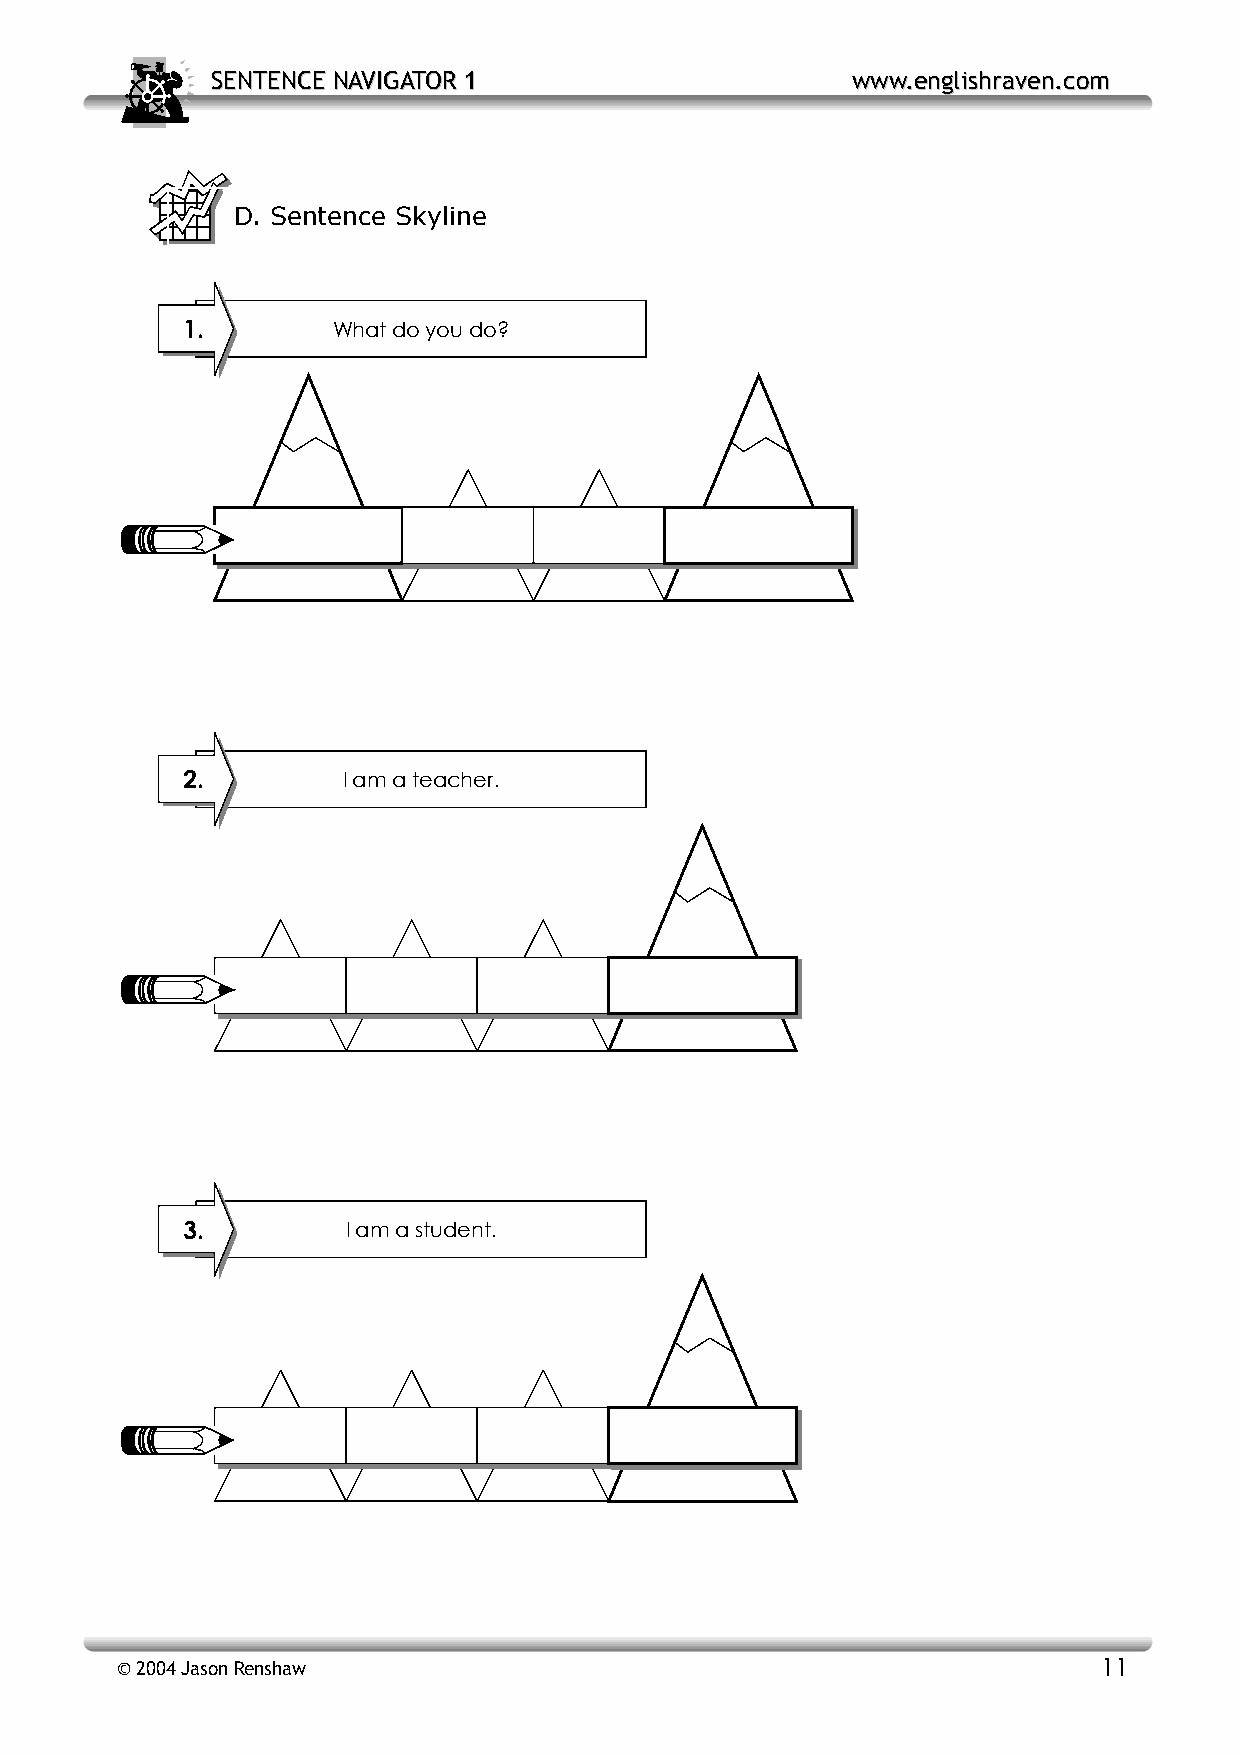
SSEENNTTEENNCCEE NNAAVVIIGGAATTOORR 11    wwwwww..eenngglliisshhrraavveenn..ccoomm
 D. Sentence Skyline
 1.        What do you do?
 2.         I am a teacher.
 3.         I am a student.
 © 2004 Jason Renshaw                                             11